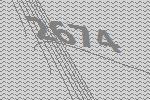
2674